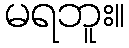
မရဘူး။